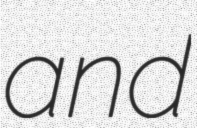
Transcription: and